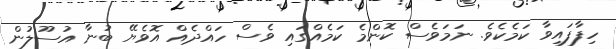
ހިފާފައިވާ ކަމެކެވެ. ނަމަވެސް ކޮންމެ ކަމެއްގައި ވެސް ހައްދެއް އޮވެޔޭ ބުނާ އުސޫލުން